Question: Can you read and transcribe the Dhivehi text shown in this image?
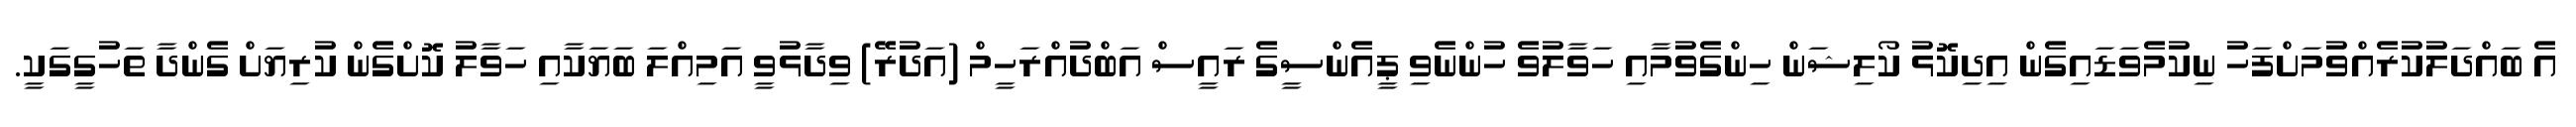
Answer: އެ ބައްދަލުކުރެއްވުމަށްފަހު ނިކުމެވަޑައިގެން އިދިކޮޅު ކޯލިޝަން ހިންގެވުމާއި ހަވާލުވެ ހުންނެވި ޕީއެންސީގެ ރައީސް އަބްދުއްރަހީމް (އަދުރޭ) ވިދާޅުވީ އަމިއްލަ ބަޔަކާއި ހަވާލު ކޮށްގެން ކުރިޔަށް ގެންދާ ތަހުގީގަކީ.